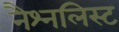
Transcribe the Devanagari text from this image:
नैश्नलिस्ट